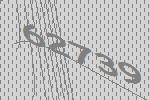
62739